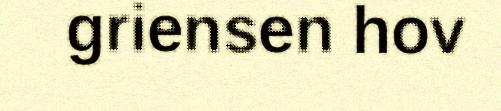
griensen hov